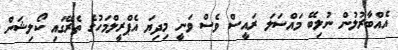
އެއްބާރުލުން ނުލިބޭ މައްސަލަ ރައީސް ވެސް ވަނީ މިދިޔަ އެޕްރީލްމަހުގެ ތެރޭގައި ކޯލިޝަން